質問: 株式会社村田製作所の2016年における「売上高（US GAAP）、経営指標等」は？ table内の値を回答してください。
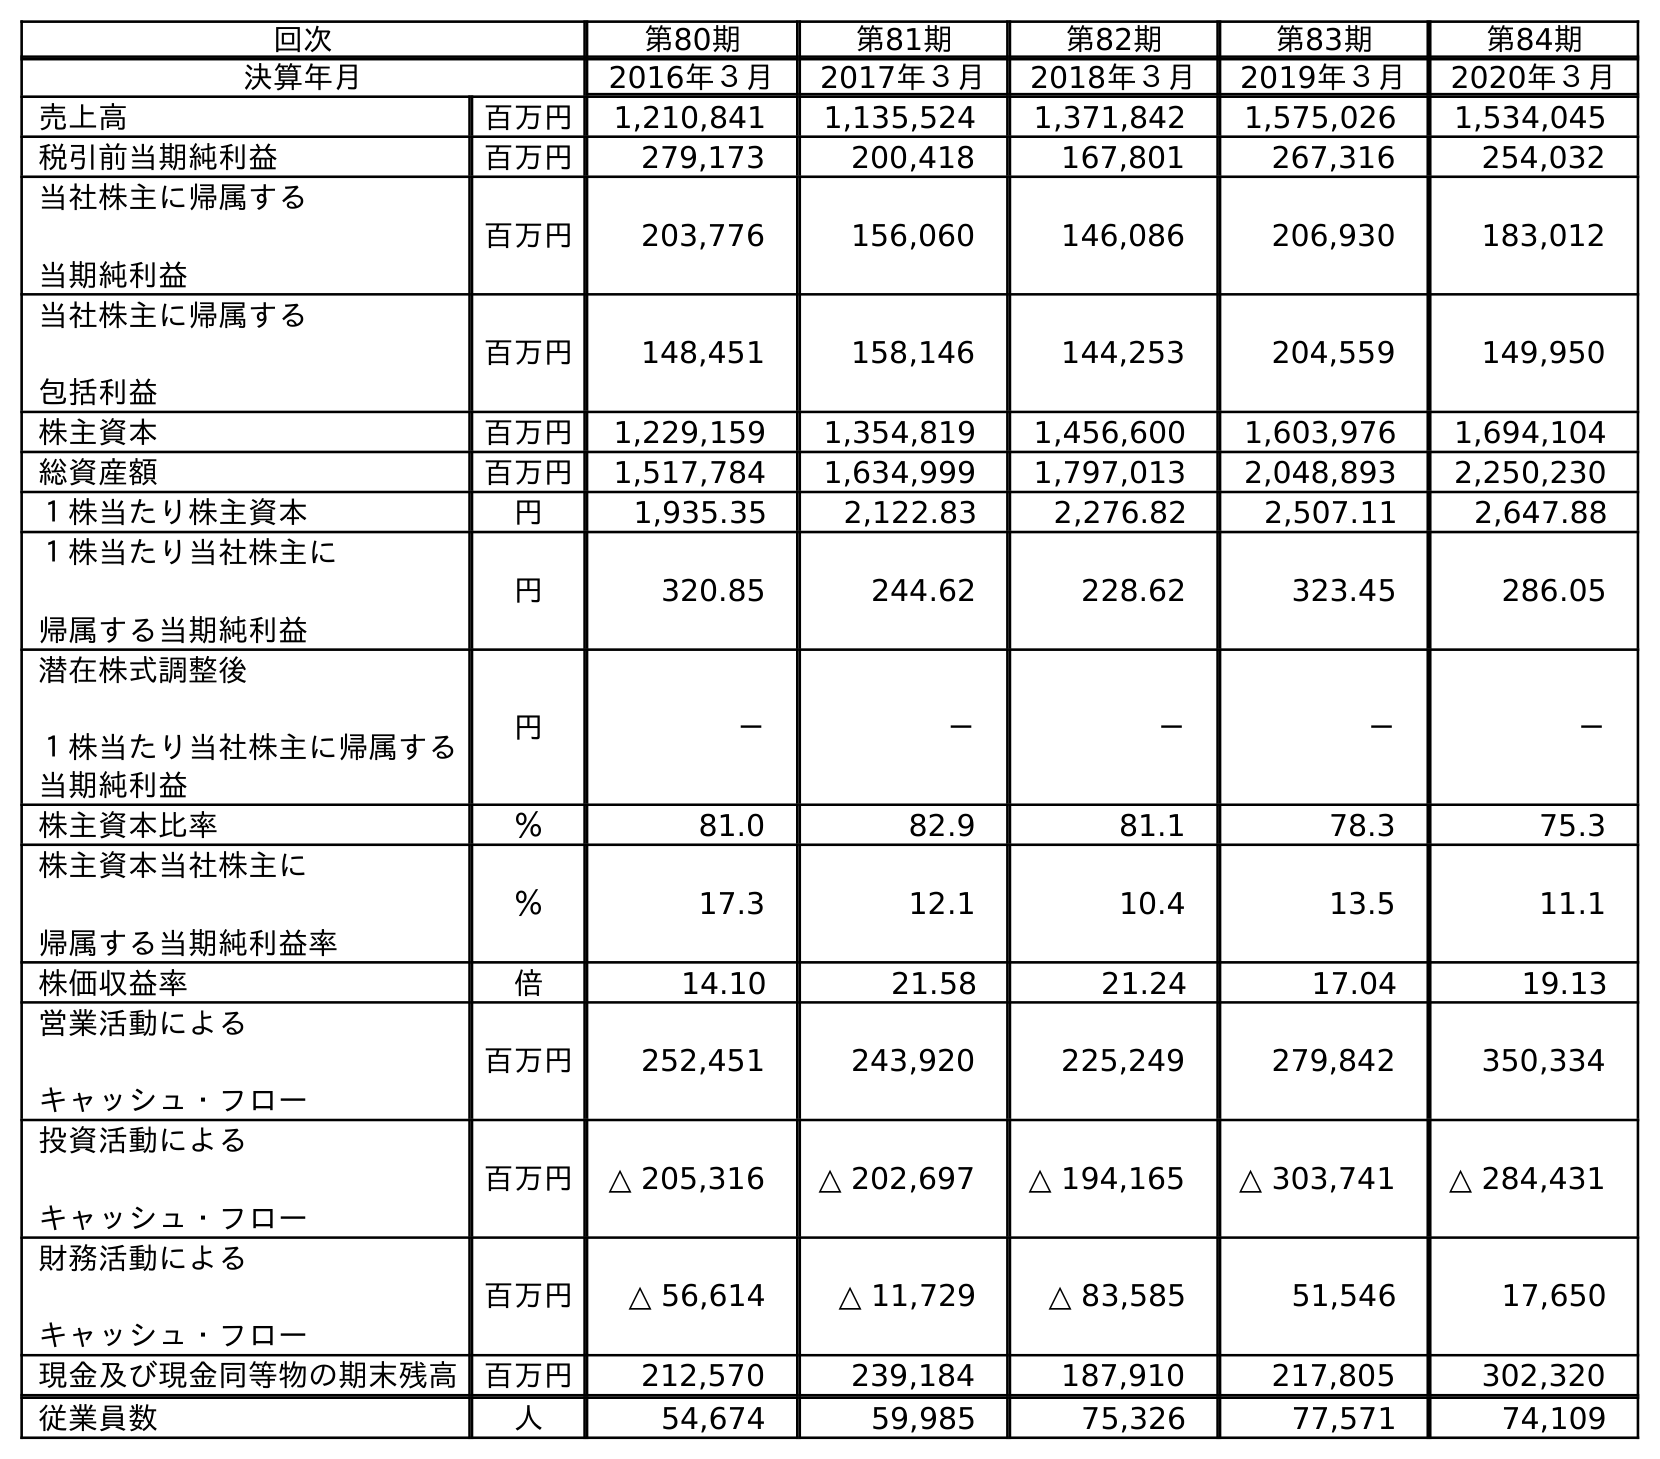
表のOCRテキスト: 回次 第80期 第81期 第82期 第83期 第84期 決算年月 2016年３月 2017年３月 2018年３月 2019年３月 2020年３月 売上高 百万円 1,210,841 1,135,524 1,371,842 1,575,026 1,534,045 税引前当期純利益 百万円 279,173 200,418 167,801 267,316 254,032 当社株主に帰属する 当期純利益 百万円 203,776 156,060 146,086 206,930 183,012 当社株主に帰属する 包括利益 百万円 148,451 158,146 144,253 204,559 149,950 株主資本 百万円 1,229,159 1,354,819 1,456,600 1,603,976 1,694,104 総資産額 百万円 1,517,784 1,634,999 1,797,013 2,048,893 2,250,230 １株当たり株主資本 円 1,935.35 2,122.83 2,276.82 2,507.11 2,647.88 １株当たり当社株主に 帰属する当期純利益 円 320.85 244.62 228.62 323.45 286.05 潜在株式調整後 １株当たり当社株主に帰属する 当期純利益 円 － － － － － 株主資本比率 ％ 81.0 82.9 81.1 78.3 75.3 株主資本当社株主に 帰属する当期純利益率 ％ 17.3 12.1 10.4 13.5 11.1 株価収益率 倍 14.10 21.58 21.24 17.04 19.13 営業活動による キャッシュ・フロー 百万円 252,451 243,920 225,249 279,842 350,334 投資活動による キャッシュ・フロー 百万円 △ 205,316 △ 202,697 △ 194,165 △ 303,741 △ 284,431 財務活動による キャッシュ・フロー 百万円 △ 56,614 △ 11,729 △ 83,585 51,546 17,650 現金及び現金同等物の期末残高 百万円 212,570 239,184 187,910 217,805 302,320 従業員数 人 54,674 59,985 75,326 77,571 74,109
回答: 1,210,841